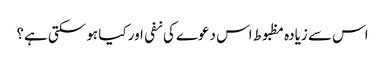
اس سے زیادہ مظبوط اس دعوے کی نفی اور کیا ہو سکتی ہے؟